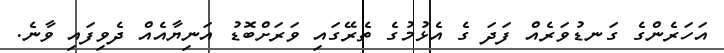
އަހަރެންގެ ގަނޑުވަރެއް ފަދަ ގެ އެޅުމުގެ ތެރޭގައި ވަރަށްބޮޑު އަނިޔާއެއް ދެވިފައި ވާނެ.